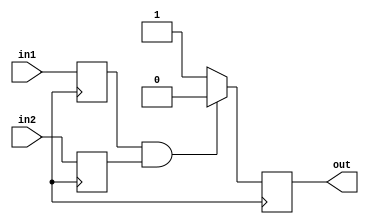
module nor_gate_delay(
    input in1, 
    input in2, 
    output reg out
);

reg delay;
reg sync_in1;
reg sync_in2;

always @(posedge clk) begin
    sync_in1 <= in1;
    sync_in2 <= in2;
    delay <= #5 1'b1; // specify the delay time here

    // synchronization logic
    if (sync_in1 & sync_in2) begin
        out <= #5 1'b0; // NOR gate operation
    end else begin
        out <= #5 1'b1;
    end
end

endmodule